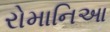
રોમાનિઆ